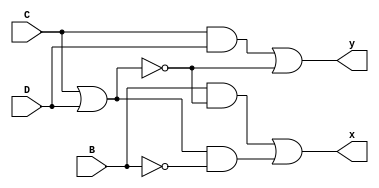
module problem3(x, y, B, C, D);

input B, C, D;
output x, y;
wire a, b, c, d, e, f;

and(a, C, D);
or(b, C ,D);
not(c, b);
and(d, B, c);
not(e, B);
and(f, b, e);

or(y, a, c);
or(x, d, f);

endmodule